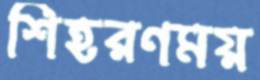
শিহরণময়